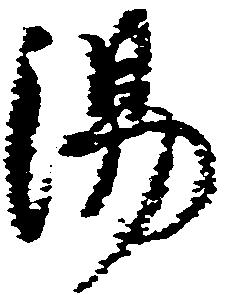
湯